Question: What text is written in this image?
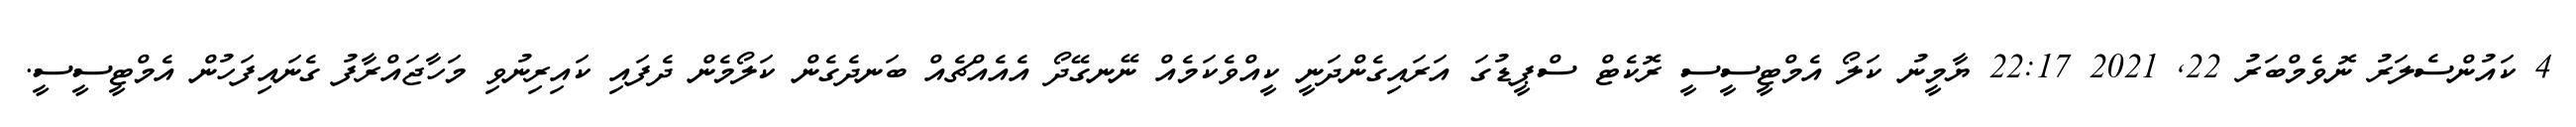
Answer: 4 ކައުންސެލަރު ނޮވެމްބަރު 22, 2021 22:17 ޔާމީނު ކަލޯ އެމްޓީސީސީ ރޮކެޓް ސްޕީޑުގަ އަރައިގެންދަނީ ކީއްވެކަމެއް ނޭނގޭދޯ އެއެއްޗެއް ބަނދެގެން ކަލޯމެން ދެފައި ކައިރިނުވި މަހާޖައްރާފު ގެނައިފަހުން އެމްޓީސީސީ.